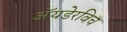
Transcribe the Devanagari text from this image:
अॅयडेरविच